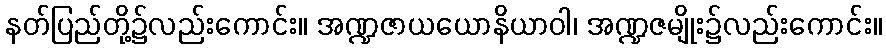
နတ်ပြည်တို့၌လည်းကောင်း။ အဏ္ဍဇာယယောနိယာဝါ၊ အဏ္ဍဇမျိုး၌လည်းကောင်း။